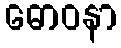
ဓောဝနာ